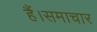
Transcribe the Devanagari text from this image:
हैं।समाचार